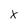
Character: X